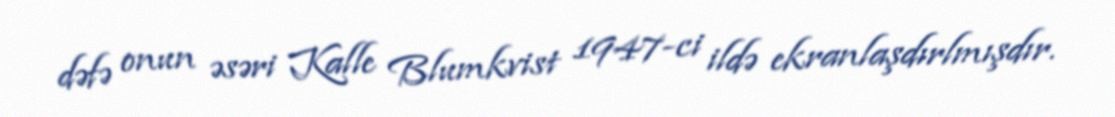
dəfə onun əsəri Kalle Blumkvist 1947-ci ildə ekranlaşdırlmışdır.